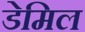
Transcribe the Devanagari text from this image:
डेमिल